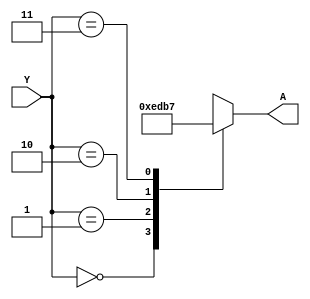
module decoder24(A, Y);
    input [1:0] Y;
    output [3:0] A;
    reg A;
    
    always @(Y) begin
        case(Y)
            2'b00: A <=4'b1110;
            2'b01: A <=4'b1101;
            2'b10: A <=4'b1011;
            2'b11: A <=4'b0111;
            default:  A <=4'bz;
        endcase 
    end
endmodule